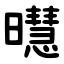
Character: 㬩